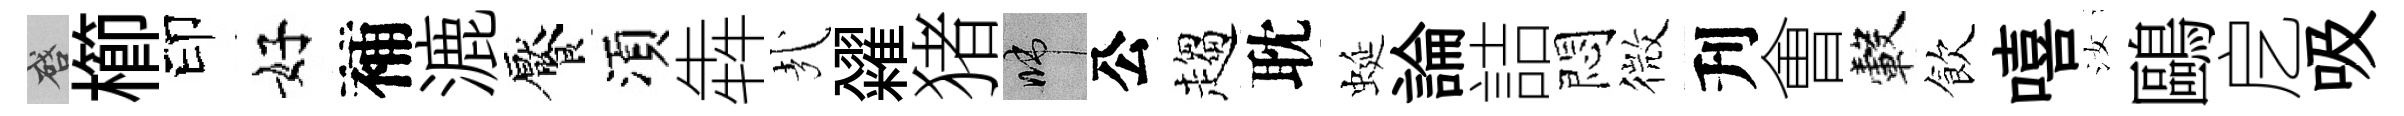
啓櫛印好補漉饜湏犇㢤糴猪啼公趨耽蜒論詰悶微刋㑹轂飲嘻汝鷗戹吸